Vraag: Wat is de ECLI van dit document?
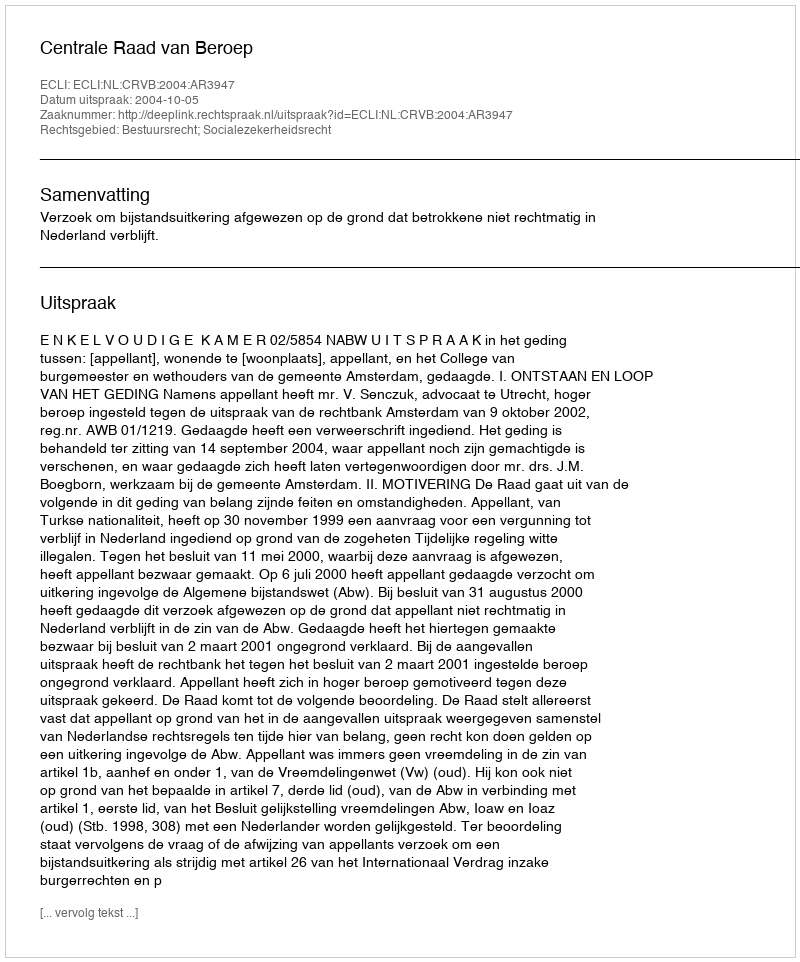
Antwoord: ECLI:NL:CRVB:2004:AR3947